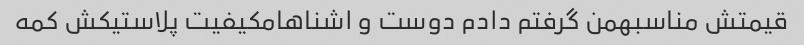
قیمتش مناسبهمن گرفتم دادم دوست و اشناهامکیفیت پلاستیکش کمه